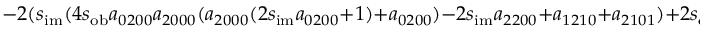
- 2 ( s _ { \mathrm { i m } } ( 4 s _ { \mathrm { o b } } a _ { 0 2 0 0 } a _ { 2 0 0 0 } ( a _ { 2 0 0 0 } ( 2 s _ { \mathrm { i m } } a _ { 0 2 0 0 } + 1 ) + a _ { 0 2 0 0 } ) - 2 s _ { \mathrm { i m } } a _ { 2 2 0 0 } + a _ { 1 2 1 0 } + a _ { 2 1 0 1 } ) + 2 s _ { \mathrm { o b } } a _ { 0 2 0 0 } a _ { 2 0 0 0 } )